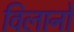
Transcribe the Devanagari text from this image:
विलानो